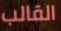
القالب